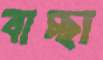
বাচ্ছা